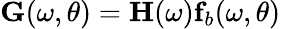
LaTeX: \mathbf{G}(\omega,\theta)=\mathbf{H}(\omega)\mathbf{f}_{b}(\omega,\theta)